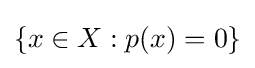
\{x\in X:p(x)=0\}